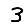
Digit: 3